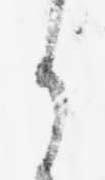
ら